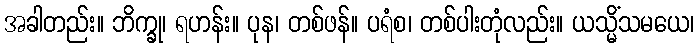
အခါတည်း။ ဘိက္ခု၊ ရဟန်း။ ပုန၊ တစ်ဖန်။ ပရံစ၊ တစ်ပါးတုံလည်း။ ယသ္မိံသမယေ၊